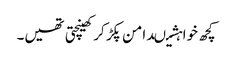
کچھ خواہشیںدامن پکڑ کر کھینچتی تھیں۔